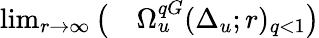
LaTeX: \begin{array}{rl}{\operatorname*{lim}_{r\to\infty}\big(}&{{}\Omega_{u}^{qG}(\Delta_{u};r)_{q<1}\big)}\end{array}